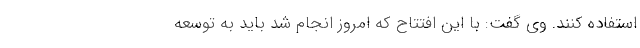
استفاده کنند. وی گفت: با این افتتاح که امروز انجام شد باید به توسعه